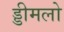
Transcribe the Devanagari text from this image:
ड्डीमलो